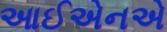
આઈએનએ